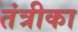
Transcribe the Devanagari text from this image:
तंत्रीका